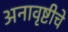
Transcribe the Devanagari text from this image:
अनावृष्टीचे